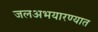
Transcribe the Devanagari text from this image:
जलअभयारण्यात